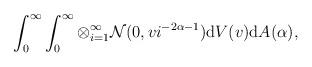
LaTeX: \begin{align*}\int_{0}^{\infty} \int_{0}^{\infty}\otimes_{i=1}^{\infty} \mathcal{N}(0, v i^{-2\alpha-1}) \mathrm{d}V(v)\mathrm{d}A(\alpha),\end{align*}